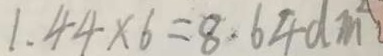
1 . 4 4 \times 6 = 8 . 6 4 d m ^ { 2 }